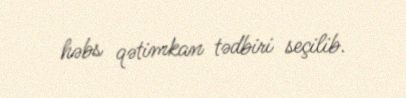
həbs qətimkan tədbiri seçilib.